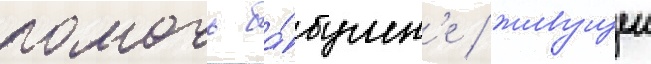
помочь ба́бушк'е / живущеи